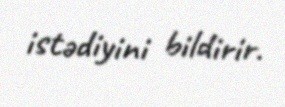
istədiyini bildirir.